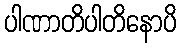
ပါဏာတိပါတိနောပိ